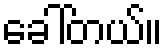
ခေါ်တယ်။